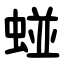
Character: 䗒